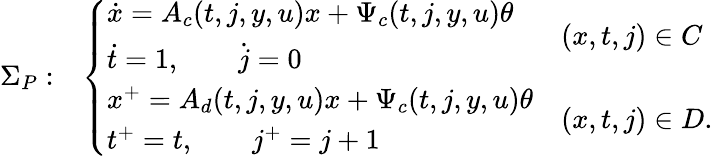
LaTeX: \begin{array}{rl}{\Sigma_{P}:}&{\left\{ \begin{array}{ll}{\begin{array}{l}{\dot{x}=A_{c}(t,j,y,u)x+\Psi_{c}(t,j,y,u)\theta}\\ {\dot{t}=1,\qquad\dot{j}=0}\end{array}}&{(x,t,j)\in C}\\ {\begin{array}{l}{x^{+}=A_{d}(t,j,y,u)x+\Psi_{c}(t,j,y,u)\theta}\\ {t^{+}=t,\qquad j^{+}=j+1}\end{array}}&{(x,t,j)\in D.}\end{array}\right.}\end{array}